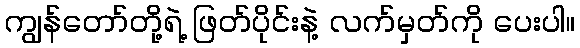
ကျွန်တော်တို့ရဲ့ ဖြတ်ပိုင်းနဲ့ လက်မှတ်ကို ပေးပါ။